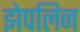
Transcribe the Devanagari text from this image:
झेपलिन